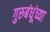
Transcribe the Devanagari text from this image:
गुरुबंधूंच्या